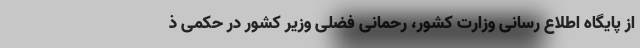
از پایگاه اطلاع رسانی وزارت کشور، رحمانی فضلی وزیر کشور در حکمی ذ